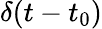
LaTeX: \delta(t-t_{0})